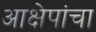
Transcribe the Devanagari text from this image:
आक्षेपांचा